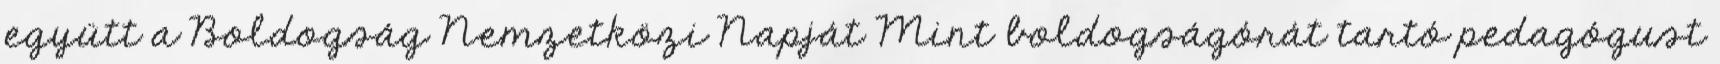
együtt a Boldogság Nemzetközi Napját Mint boldogságórát tartó pedagógust